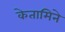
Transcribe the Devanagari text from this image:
केतामिने